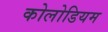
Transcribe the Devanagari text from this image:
कोलोडियम